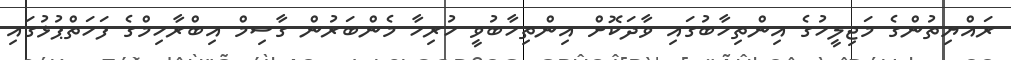
ރައްޔިތުންގެ މަޖިލީހުގެ އިންތިހާބުގައި ވާދަކޮށް އިންތިހާބުވީ ހުރިހާ މެންބަރުން ގާސިމް އިބްރާހިމްގެ ފަހަތްޕުޅުގައި